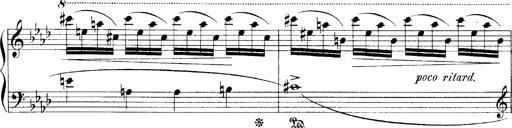
Title: LiebestrÃ¤ume
Composer: Franz Behr
Key: E-flat major